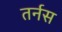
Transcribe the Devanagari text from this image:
तर्नस